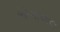
ભોગીલાલ